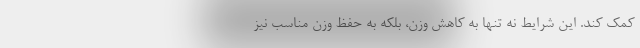
کمک کند. این شرایط نه تنها به کاهش وزن، بلکه به حفظ وزن مناسب نیز